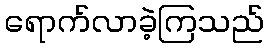
ရောက်လာခဲ့ကြသည်